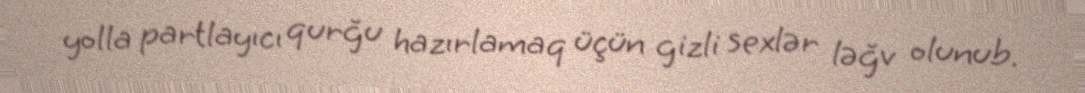
yolla partlayıcı qurğu hazırlamaq üçün gizli sexlər ləğv olunub.